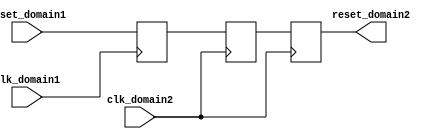
module Synchronizer (
    input wire clk_domain1,
    input wire clk_domain2,
    input wire reset_domain1,
    output reg reset_domain2
);

reg sync_ff1, sync_ff2;

always @(posedge clk_domain1) begin
    sync_ff1 <= reset_domain1;
end

always @(posedge clk_domain2) begin
    sync_ff2 <= sync_ff1;
end

always @(posedge clk_domain2) begin
    reset_domain2 <= sync_ff2;
end

endmodule